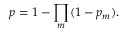
p = 1 - \prod _ { m } ( 1 - p _ { m } ) .